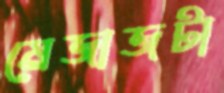
মেজাজটা